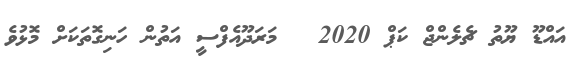
އައްޑޫ ޔޫތު ޗެލެންޖް ކަޕް 2020 _ މަރަދޫއެފްސީ އަތުން ހަނިގޮތަކަށް މޮޅުވެ